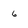
Character: 6